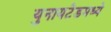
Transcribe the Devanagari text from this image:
युनायटेडमध्ये